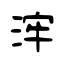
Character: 浶